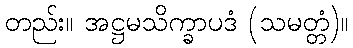
တည်း။ အဋ္ဌမသိက္ခာပဒံ (သမတ္တံ)။